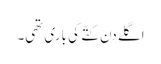
اگلے دن کتّے کی باری تھی۔